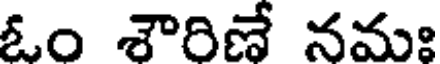
ఓం శౌరిణే నమః